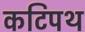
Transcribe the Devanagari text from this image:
कटिपथ